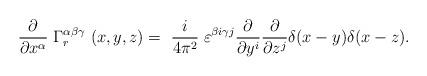
LaTeX: \begin{align*}{\partial \over \partial x^\alpha} \; \Gamma^{\alpha \beta \gamma}_r \ (x,y,z) = \ {i \over 4 \pi^2} \; \varepsilon^{\beta i \gamma j} {\partial \over \partial y^i} {\partial \over \partial z^j} \delta(x-y) \delta(x-z) .\end{align*}